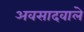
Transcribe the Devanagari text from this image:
अवसादवाले